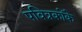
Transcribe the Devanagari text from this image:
पवित्रकोंके